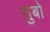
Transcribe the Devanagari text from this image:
सुबो